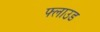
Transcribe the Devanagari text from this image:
फ्लाउड